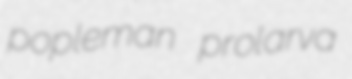
popleman prolarva